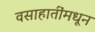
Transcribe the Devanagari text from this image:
वसाहातींमधून